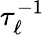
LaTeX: \tau_{\ell}^{-1}